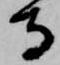
寺